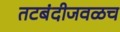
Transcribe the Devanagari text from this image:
तटबंदीजवळच